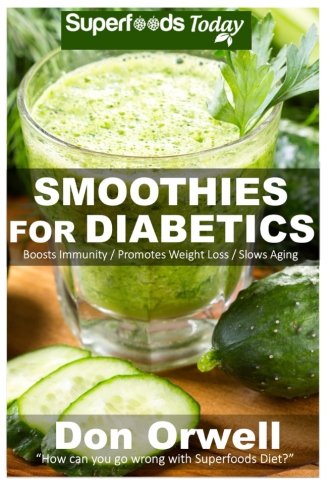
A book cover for Smoothies for Diabetics: 70 Recipes for Energizing, Detoxifying & Nutrient-dense Smoothies Blender Recipes: Detox Cleanse Diet, Smoothies for Weight ... loss-detox smoothie recipes) (Volume 23); Don Orwell; Cookbooks, Food & Wine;